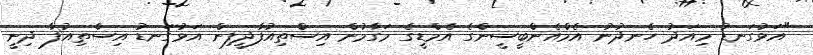
"އަޅުގަނޑު މިއަދު ހެނދުނު އެމްއެންބީސީންގެ އެމްޑީގެ މަގާމުން އިސްތިއުފާދީފިން އަޅުގަނޑު އިސްތިއުފާ ދިނީ